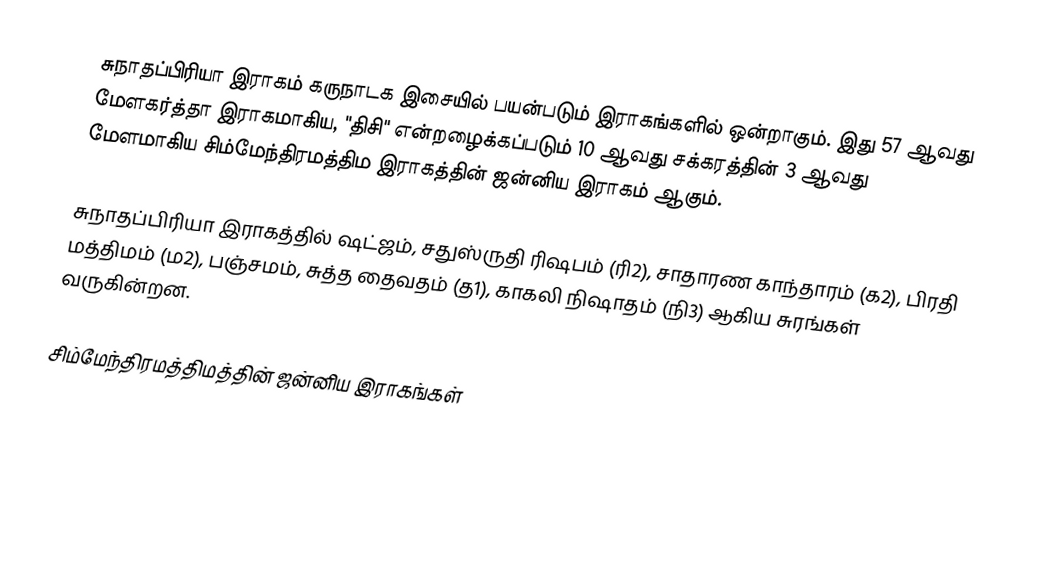
சுநாதப்பிரியா இராகம் கருநாடக இசையில் பயன்படும் இராகங்களில் ஒன்றாகும். இது  57 ஆவது மேளகர்த்தா இராகமாகிய, "திசி" என்றழைக்கப்படும் 10 ஆவது சக்கரத்தின் 3 ஆவது மேளமாகிய சிம்மேந்திரமத்திம இராகத்தின் ஜன்னிய இராகம் ஆகும்.

சுநாதப்பிரியா இராகத்தில் ஷட்ஜம், சதுஸ்ருதி ரிஷபம் (ரி2),  சாதாரண காந்தாரம் (க2), பிரதி மத்திமம் (ம2), பஞ்சமம்,  சுத்த தைவதம் (த1), காகலி நிஷாதம்  (நி3) ஆகிய சுரங்கள் வருகின்றன.

சிம்மேந்திரமத்திமத்தின் ஜன்னிய இராகங்கள்